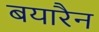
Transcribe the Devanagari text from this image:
बयारैन